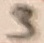
Text: 3